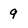
Character: 9